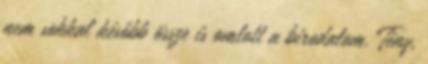
nem sokkal később össze is omlott a birodalom. Tény,